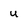
Character: U